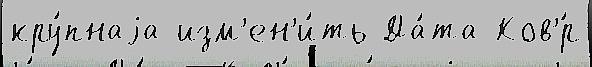
кру́пнаjа изм'ен'и́ть Да́та Ков'́р